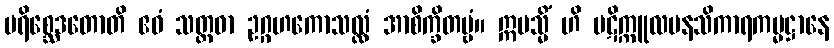
ပရိစ္ဆေဒတောတိ ဧဝံ သတ္တဓာ ဥဂ္ဂဟကောသလ္လံ အာစိက္ခိတဗ္ဗံ။ ဣမသ္မိံ ဟိ ပဋိက္ကူလမနသိကာရကမ္မဋ္ဌာနေ